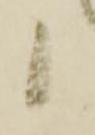
候